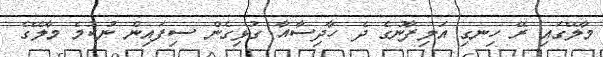
މާލޭގައި ރޭ ހިނގި އަލިފާނުގެ ދެ ހާދިސާއާ ގުޅިގެން ސިފައިން ނުކުމެ މާލޭގެ